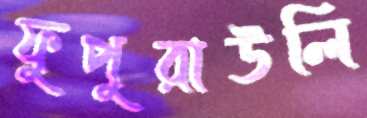
ফুপুরাউলি